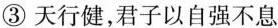
③天行健，君子以自强不息